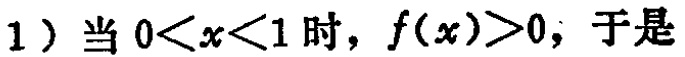
1）当 \(0<x<1\) 时，\(f(x)>0\)，于是